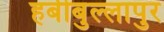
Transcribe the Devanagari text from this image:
हबीबुल्लापुर